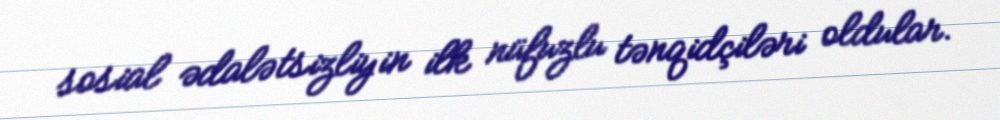
sosial ədalətsizliyin ilk nüfuzlu tənqidçiləri oldular.